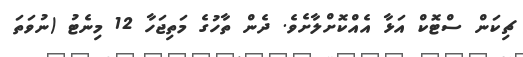
ޗިކަން ސްޓޮކް އަޅާ އެއްކޮށްލާށެވެ. ދެން ތާހުގެ މަތިޖަހާ 12 މިނެޓު (ނުވަތަ